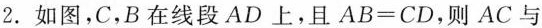
2.如图，C，B在线段AD上，且$$AB=CD$$，则AC与